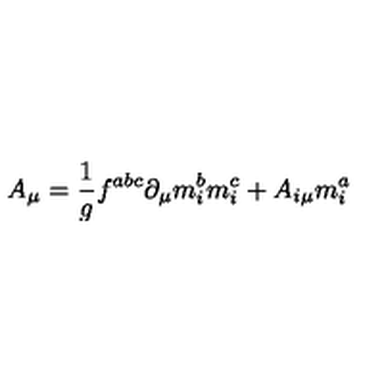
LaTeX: A _ { \mu } = \frac 1 g f ^ { a b c } \partial _ { \mu } m _ { i } ^ { b } m _ { i } ^ { c } + A _ { i \mu } m _ { i } ^ { a }